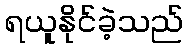
ရယူနိုင်ခဲ့သည်